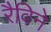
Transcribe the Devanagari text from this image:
रैविने